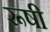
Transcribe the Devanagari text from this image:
रूषी